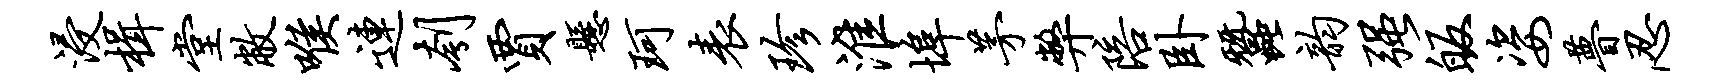
浸楫堂敝喉连刳贾悬珂表珍淮埠茅弊陪卧蚕韵强皈姿瞢忍